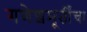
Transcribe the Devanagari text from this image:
गणेशमूर्तींचा